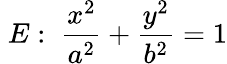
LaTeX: \; E:\; {\frac{x^{2}}{a^{2}}}+{\frac{y^{2}}{b^{2}}}=1